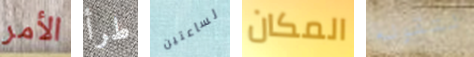
الأمر طرأ لساعتين المكان لتقوله